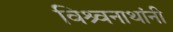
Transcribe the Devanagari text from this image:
विश्र्वनाथांनी